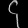
Digit: ၄